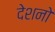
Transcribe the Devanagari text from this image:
देशनो